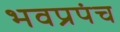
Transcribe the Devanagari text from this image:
भवप्रपंच